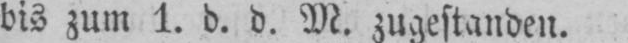
bis zum 1. d. d. M. zugestanden.